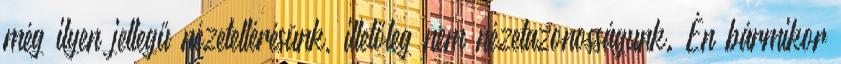
még ilyen jellegű nézeteltérésünk, illetőleg nem nézetazonosságunk. Én bármikor